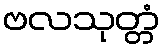
ဗလသုတ္တံ